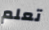
تعلم